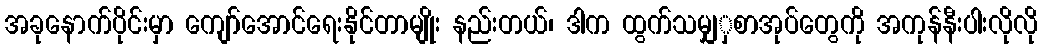
အခုနောက်ပိုင်းမှာ ကျော်အောင်ရေးနိုင်တာမျိုး နည်းတယ်၊ ဒါက ထွက်သမျှှစာအုပ်တွေကို အကုန်နီးပါးလိုလို